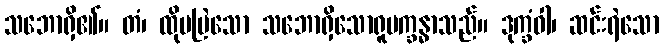
သဘောရှိ၏။ တံ၊ ထိုမမြဲသော သဘောရှိသောရူပက္ခန္ဓာသည်။ ဒုက္ခံဝါ၊ ဆင်းရဲသော